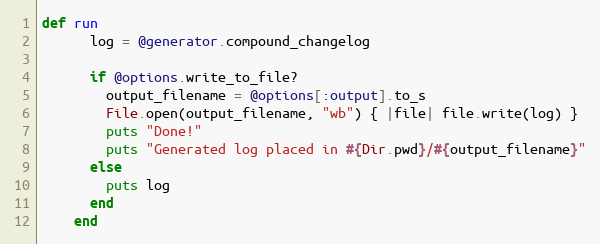
Language: Ruby
def run
      log = @generator.compound_changelog

      if @options.write_to_file?
        output_filename = @options[:output].to_s
        File.open(output_filename, "wb") { |file| file.write(log) }
        puts "Done!"
        puts "Generated log placed in #{Dir.pwd}/#{output_filename}"
      else
        puts log
      end
    end